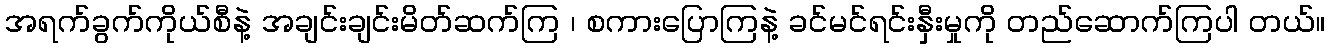
အရက်ခွက်ကိုယ်စီနဲ့ အချင်းချင်းမိတ်ဆက်ကြ ၊ စကားပြောကြနဲ့ ခင်မင်ရင်းနှီးမှုကို တည်ဆောက်ကြပါ တယ်။